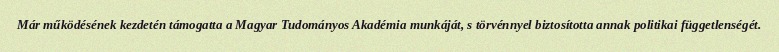
Már működésének kezdetén támogatta a Magyar Tudományos Akadémia munkáját, s törvénnyel biztosította annak politikai függetlenségét.